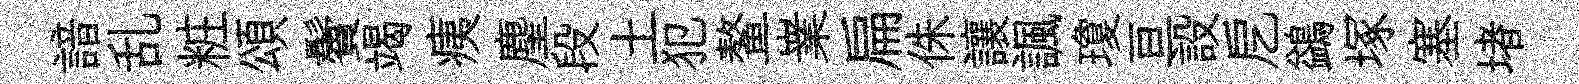
諳乱粧頌鬢竭痍麈段土犯鳌嶪扁侏讓諷瓊亘設戹鷁塚塞堵